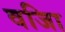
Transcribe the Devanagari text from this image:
वजिा